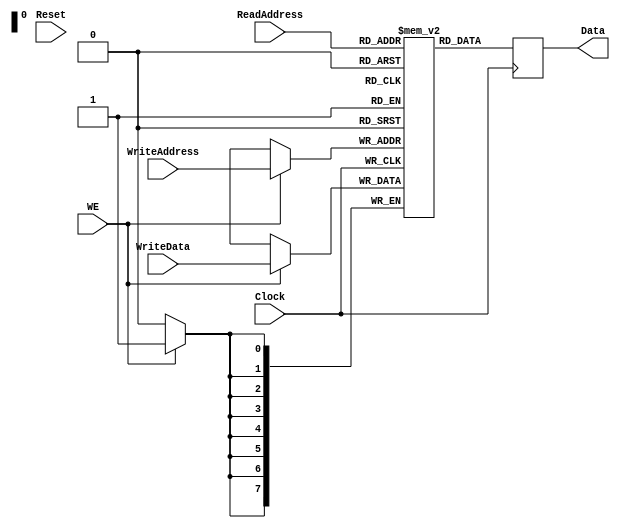
`timescale 1ns/1ps
`default_nettype none
// PLEASE READ THIS, IT MAY SAVE YOU SOME TIME AND MONEY, THANK YOU!
// * This file was generated by Quokka FPGA Toolkit.
// * Generated code is your property, do whatever you want with it
// * Place custom code between [BEGIN USER ***] and [END USER ***].
// * CAUTION: All code outside of [USER] scope is subject to regeneration.
// * Bad things happen sometimes in developer's life,
//   it is recommended to use source control management software (e.g. git, bzr etc) to keep your custom code safe'n'sound.
// * Internal structure of code is subject to change.
//   You can use some of signals in custom code, but most likely they will not exist in future (e.g. will get shorter or gone completely)
// * Please send your feedback, comments, improvement ideas etc. to evmuryshkin@gmail.com
// * Visit https://github.com/EvgenyMuryshkin/QuokkaEvaluation to access latest version of playground
//
// DISCLAIMER:
//   Code comes AS-IS, it is your responsibility to make sure it is working as expected
//   no responsibility will be taken for any loss or damage caused by use of Quokka toolkit.
//
// System configuration name is SDP_RF_RAMModule_TopLevel, clock frequency is 1Hz, Top-level
// FSM summary
// -- Packages
module SDP_RF_RAMModule_TopLevel
(
	// [BEGIN USER PORTS]
	// [END USER PORTS]
	input wire Clock,
	input wire Reset,
	input wire [7:0] ReadAddress,
	input wire WE,
	input wire [7:0] WriteAddress,
	input wire [7:0] WriteData,
	output wire [7:0] Data
);
	// [BEGIN USER SIGNALS]
	// [END USER SIGNALS]
	localparam HiSignal = 1'b1;
	localparam LoSignal = 1'b0;
	wire Zero = 1'b0;
	wire One = 1'b1;
	wire true = 1'b1;
	wire false = 1'b0;
	wire [7: 0] Inputs_ReadAddress;
	wire Inputs_WE;
	wire [7: 0] Inputs_WriteAddress;
	wire [7: 0] Inputs_WriteData;
	reg [7: 0] State_ReadData;
	integer State_Buff_Iterator;
	reg [7 : 0] State_Buff [0 : 255];
	initial
	begin : Init_State_Buff
		for (State_Buff_Iterator = 0; State_Buff_Iterator < 256; State_Buff_Iterator = State_Buff_Iterator + 1)
			State_Buff[State_Buff_Iterator] = 0;
	end
	// inferred simple dual port RAM with read-first behaviour
	always @ (posedge Clock)
	begin
		if (Inputs_WE)
		begin
			State_Buff[Inputs_WriteAddress] <= Inputs_WriteData;
		end
		State_ReadData <= State_Buff[Inputs_ReadAddress];
	end
	assign Inputs_ReadAddress = ReadAddress;
	assign Inputs_WE = WE;
	assign Inputs_WriteAddress = WriteAddress;
	assign Inputs_WriteData = WriteData;
	assign Data = State_ReadData;
	// [BEGIN USER ARCHITECTURE]
	// [END USER ARCHITECTURE]
endmodule